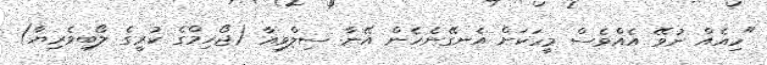
"ހިއެއް ނުވޭ އެއްވެސް މީހަކަށް އެނގޭނެހެން އޭނާ ސިލްވިއާ (ޖޯހިމްގެ ކުރީގެ ލޯބިވެރިޔާ)